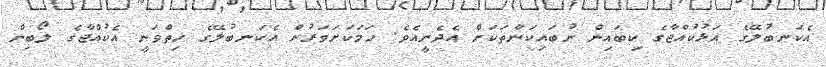
އެކަނބުލޭގެ އަޅުކުއްޖާގެ ކިބައިން ނުބައިކަންތަކަށް އެދެނީއެވެ. ހަމަކަށަވަރުން އެކަނބުލޭގެ ހިތްވަނީ އެކުއްޖާގެ ލޯބިން